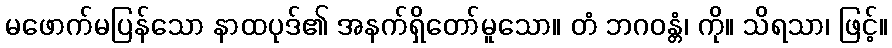
မဖောက်မပြန်သော နာထပုဒ်၏ အနက်ရှိတော်မူသော။ တံ ဘဂဝန္တံ၊ ကို။ သိရသာ၊ ဖြင့်။